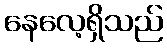
နေလေ့ရှိသည်